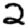
Digit: 2